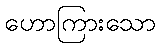
ဟောကြားသော